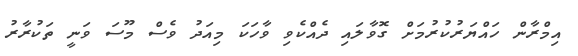
އިމްރާން ހައްޔަރުކުރުމަށް ގޮވާލައި ދެއްކެވި ވާހަކަ މިއަދު ވެސް މޫސަ ވަނީ ތަކުރާރު